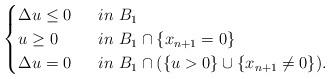
LaTeX: \begin{align*}\begin{cases}\Delta u\leq 0\ \ &in\ B_1\\u\geq 0\ \ &in\ B_1 \cap \{x_{n+1}=0\}\\\Delta u=0 \ &in\ B_1 \cap (\{u>0\}\cup \{x_{n+1}\neq 0\}).\end{cases}\end{align*}